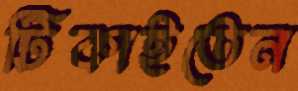
টিকাইতেন